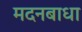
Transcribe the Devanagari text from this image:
मदनबाधा